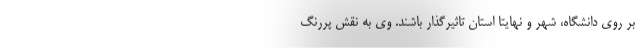
بر روی دانشگاه، شهر و نهایتا استان تاثیرگذار باشند. وی به نقش پررنگ